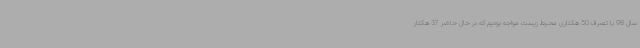
سال 98 با تصرف 50 هکتاری محیط زیست مواجه بودیم که در حال حاضر 37 هکتار